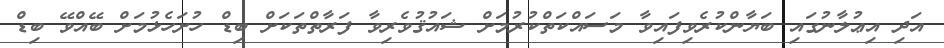
އަދި އިޢުލާނުގައި ބަޔާންކުރެވިފައިވާ މަސައްކަތްކުރުމަށް ޝައުޤުވެރިވާ ފަރާތްތަކަށް ބިޑް ހުށަހެޅުމަށް ބޭއްވޭ ބިޑް